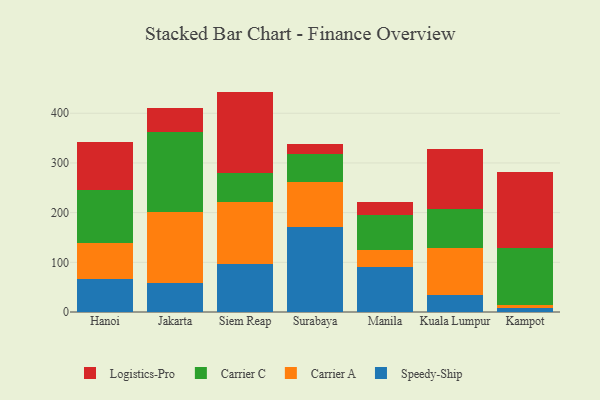
{"axis": {"x": "City", "y": "Production Output"}, "legend": ["Carrier A", "Carrier C", "Logistics-Pro", "Speedy-Ship"], "data": [{"x": "Hanoi", "y": 65.6, "type": "Speedy-Ship"}, {"x": "Hanoi", "y": 73.9, "type": "Carrier A"}, {"x": "Hanoi", "y": 106.3, "type": "Carrier C"}, {"x": "Hanoi", "y": 96.0, "type": "Logistics-Pro"}, {"x": "Jakarta", "y": 57.9, "type": "Speedy-Ship"}, {"x": "Jakarta", "y": 142.9, "type": "Carrier A"}, {"x": "Jakarta", "y": 160.8, "type": "Carrier C"}, {"x": "Jakarta", "y": 49.1, "type": "Logistics-Pro"}, {"x": "Siem Reap", "y": 95.7, "type": "Speedy-Ship"}, {"x": "Siem Reap", "y": 126.4, "type": "Carrier A"}, {"x": "Siem Reap", "y": 57.8, "type": "Carrier C"}, {"x": "Siem Reap", "y": 163.7, "type": "Logistics-Pro"}, {"x": "Surabaya", "y": 170.4, "type": "Speedy-Ship"}, {"x": "Surabaya", "y": 91.4, "type": "Carrier A"}, {"x": "Surabaya", "y": 55.7, "type": "Carrier C"}, {"x": "Surabaya", "y": 19.7, "type": "Logistics-Pro"}, {"x": "Manila", "y": 91.1, "type": "Speedy-Ship"}, {"x": "Manila", "y": 33.6, "type": "Carrier A"}, {"x": "Manila", "y": 70.8, "type": "Carrier C"}, {"x": "Manila", "y": 26.2, "type": "Logistics-Pro"}, {"x": "Kuala Lumpur", "y": 33.9, "type": "Speedy-Ship"}, {"x": "Kuala Lumpur", "y": 95.7, "type": "Carrier A"}, {"x": "Kuala Lumpur", "y": 77.0, "type": "Carrier C"}, {"x": "Kuala Lumpur", "y": 121.0, "type": "Logistics-Pro"}, {"x": "Kampot", "y": 7.1, "type": "Speedy-Ship"}, {"x": "Kampot", "y": 8.0, "type": "Carrier A"}, {"x": "Kampot", "y": 112.8, "type": "Carrier C"}, {"x": "Kampot", "y": 153.0, "type": "Logistics-Pro"}]}